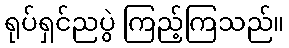
ရုပ်ရှင်ညပွဲ ကြည့်ကြသည်။